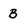
Character: B